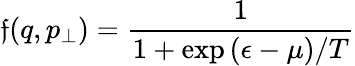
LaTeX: \mathfrak{f}(q,p_{\bot})=\frac{{1}}{{1+\exp{(\epsilon-\mu)/T}}}